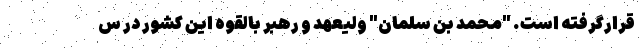
قرارگرفته است. "محمد بن سلمان" ولیعهد و رهبر بالقوه این کشور در س